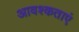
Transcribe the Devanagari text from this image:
आवश्कताएं